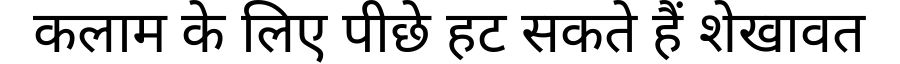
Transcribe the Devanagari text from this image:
कलाम के लिए पीछे हट सकते हैं शेखावत